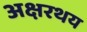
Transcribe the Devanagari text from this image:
अक्षरथय